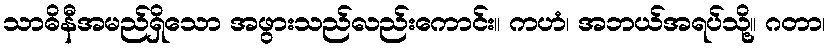
သာဓိနီအမည်ရှိသော အဖွားသည်လည်းကောင်း။ ကဟံ၊ အဘယ်အရပ်သို့။ ဂတာ၊